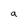
Character: a